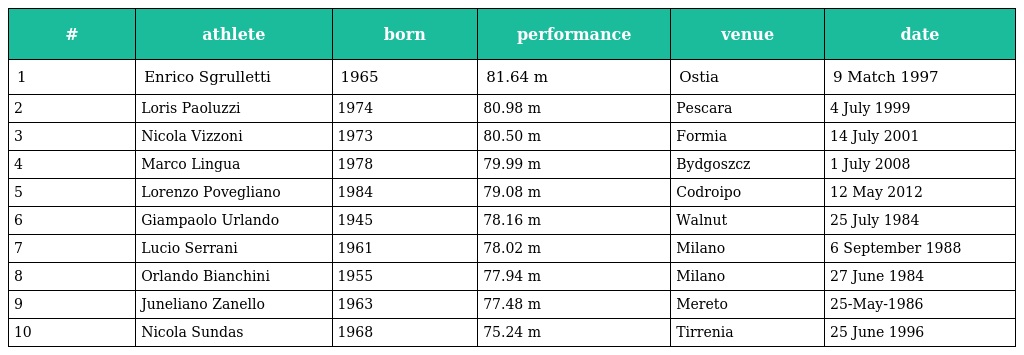
| # | athlete | born | performance | venue | date |
 | --- | --- | --- | --- | --- | --- |
 | 1 | Enrico Sgrulletti | 1965 | 81.64 m | Ostia | 9 Match 1997 |
 | 2 | Loris Paoluzzi | 1974 | 80.98 m | Pescara | 4 July 1999 |
 | 3 | Nicola Vizzoni | 1973 | 80.50 m | Formia | 14 July 2001 |
 | 4 | Marco Lingua | 1978 | 79.99 m | Bydgoszcz | 1 July 2008 |
 | 5 | Lorenzo Povegliano | 1984 | 79.08 m | Codroipo | 12 May 2012 |
 | 6 | Giampaolo Urlando | 1945 | 78.16 m | Walnut | 25 July 1984 |
 | 7 | Lucio Serrani | 1961 | 78.02 m | Milano | 6 September 1988 |
 | 8 | Orlando Bianchini | 1955 | 77.94 m | Milano | 27 June 1984 |
 | 9 | Juneliano Zanello | 1963 | 77.48 m | Mereto | 25-May-1986 |
 | 10 | Nicola Sundas | 1968 | 75.24 m | Tirrenia | 25 June 1996 |